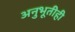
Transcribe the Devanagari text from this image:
अनुभूतीही